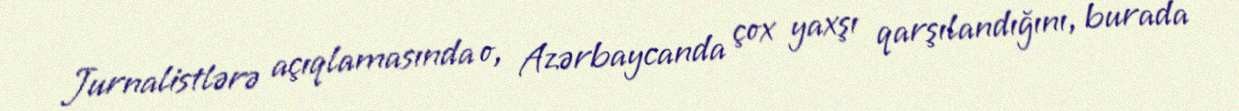
Jurnalistlərə açıqlamasında o, Azərbaycanda çox yaxşı qarşılandığını, burada